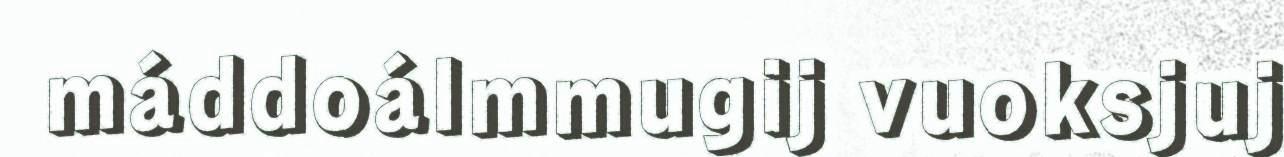
máddoálmmugij vuoksjuj